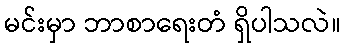
မင်းမှာ ဘာစာရေးတံ ရှိပါသလဲ။